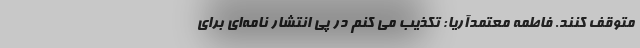
متوقف کنند. فاطمه معتمدآریا: تکذیب می کنم در پی انتشار نامه‌ای برای